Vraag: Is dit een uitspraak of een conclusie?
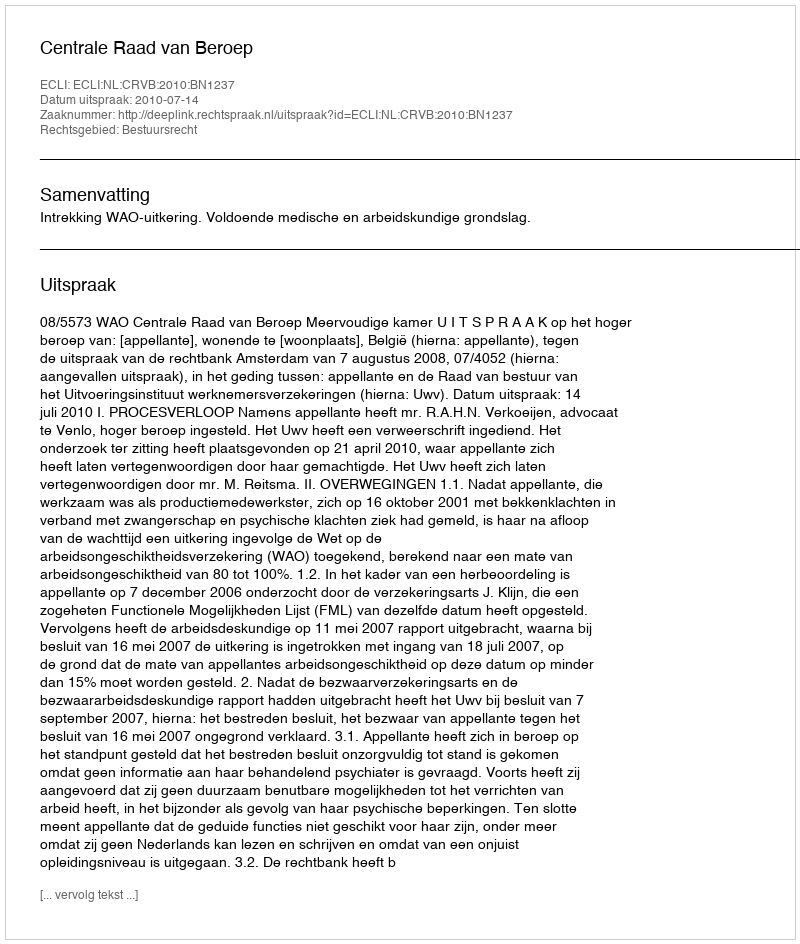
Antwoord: Uitspraak